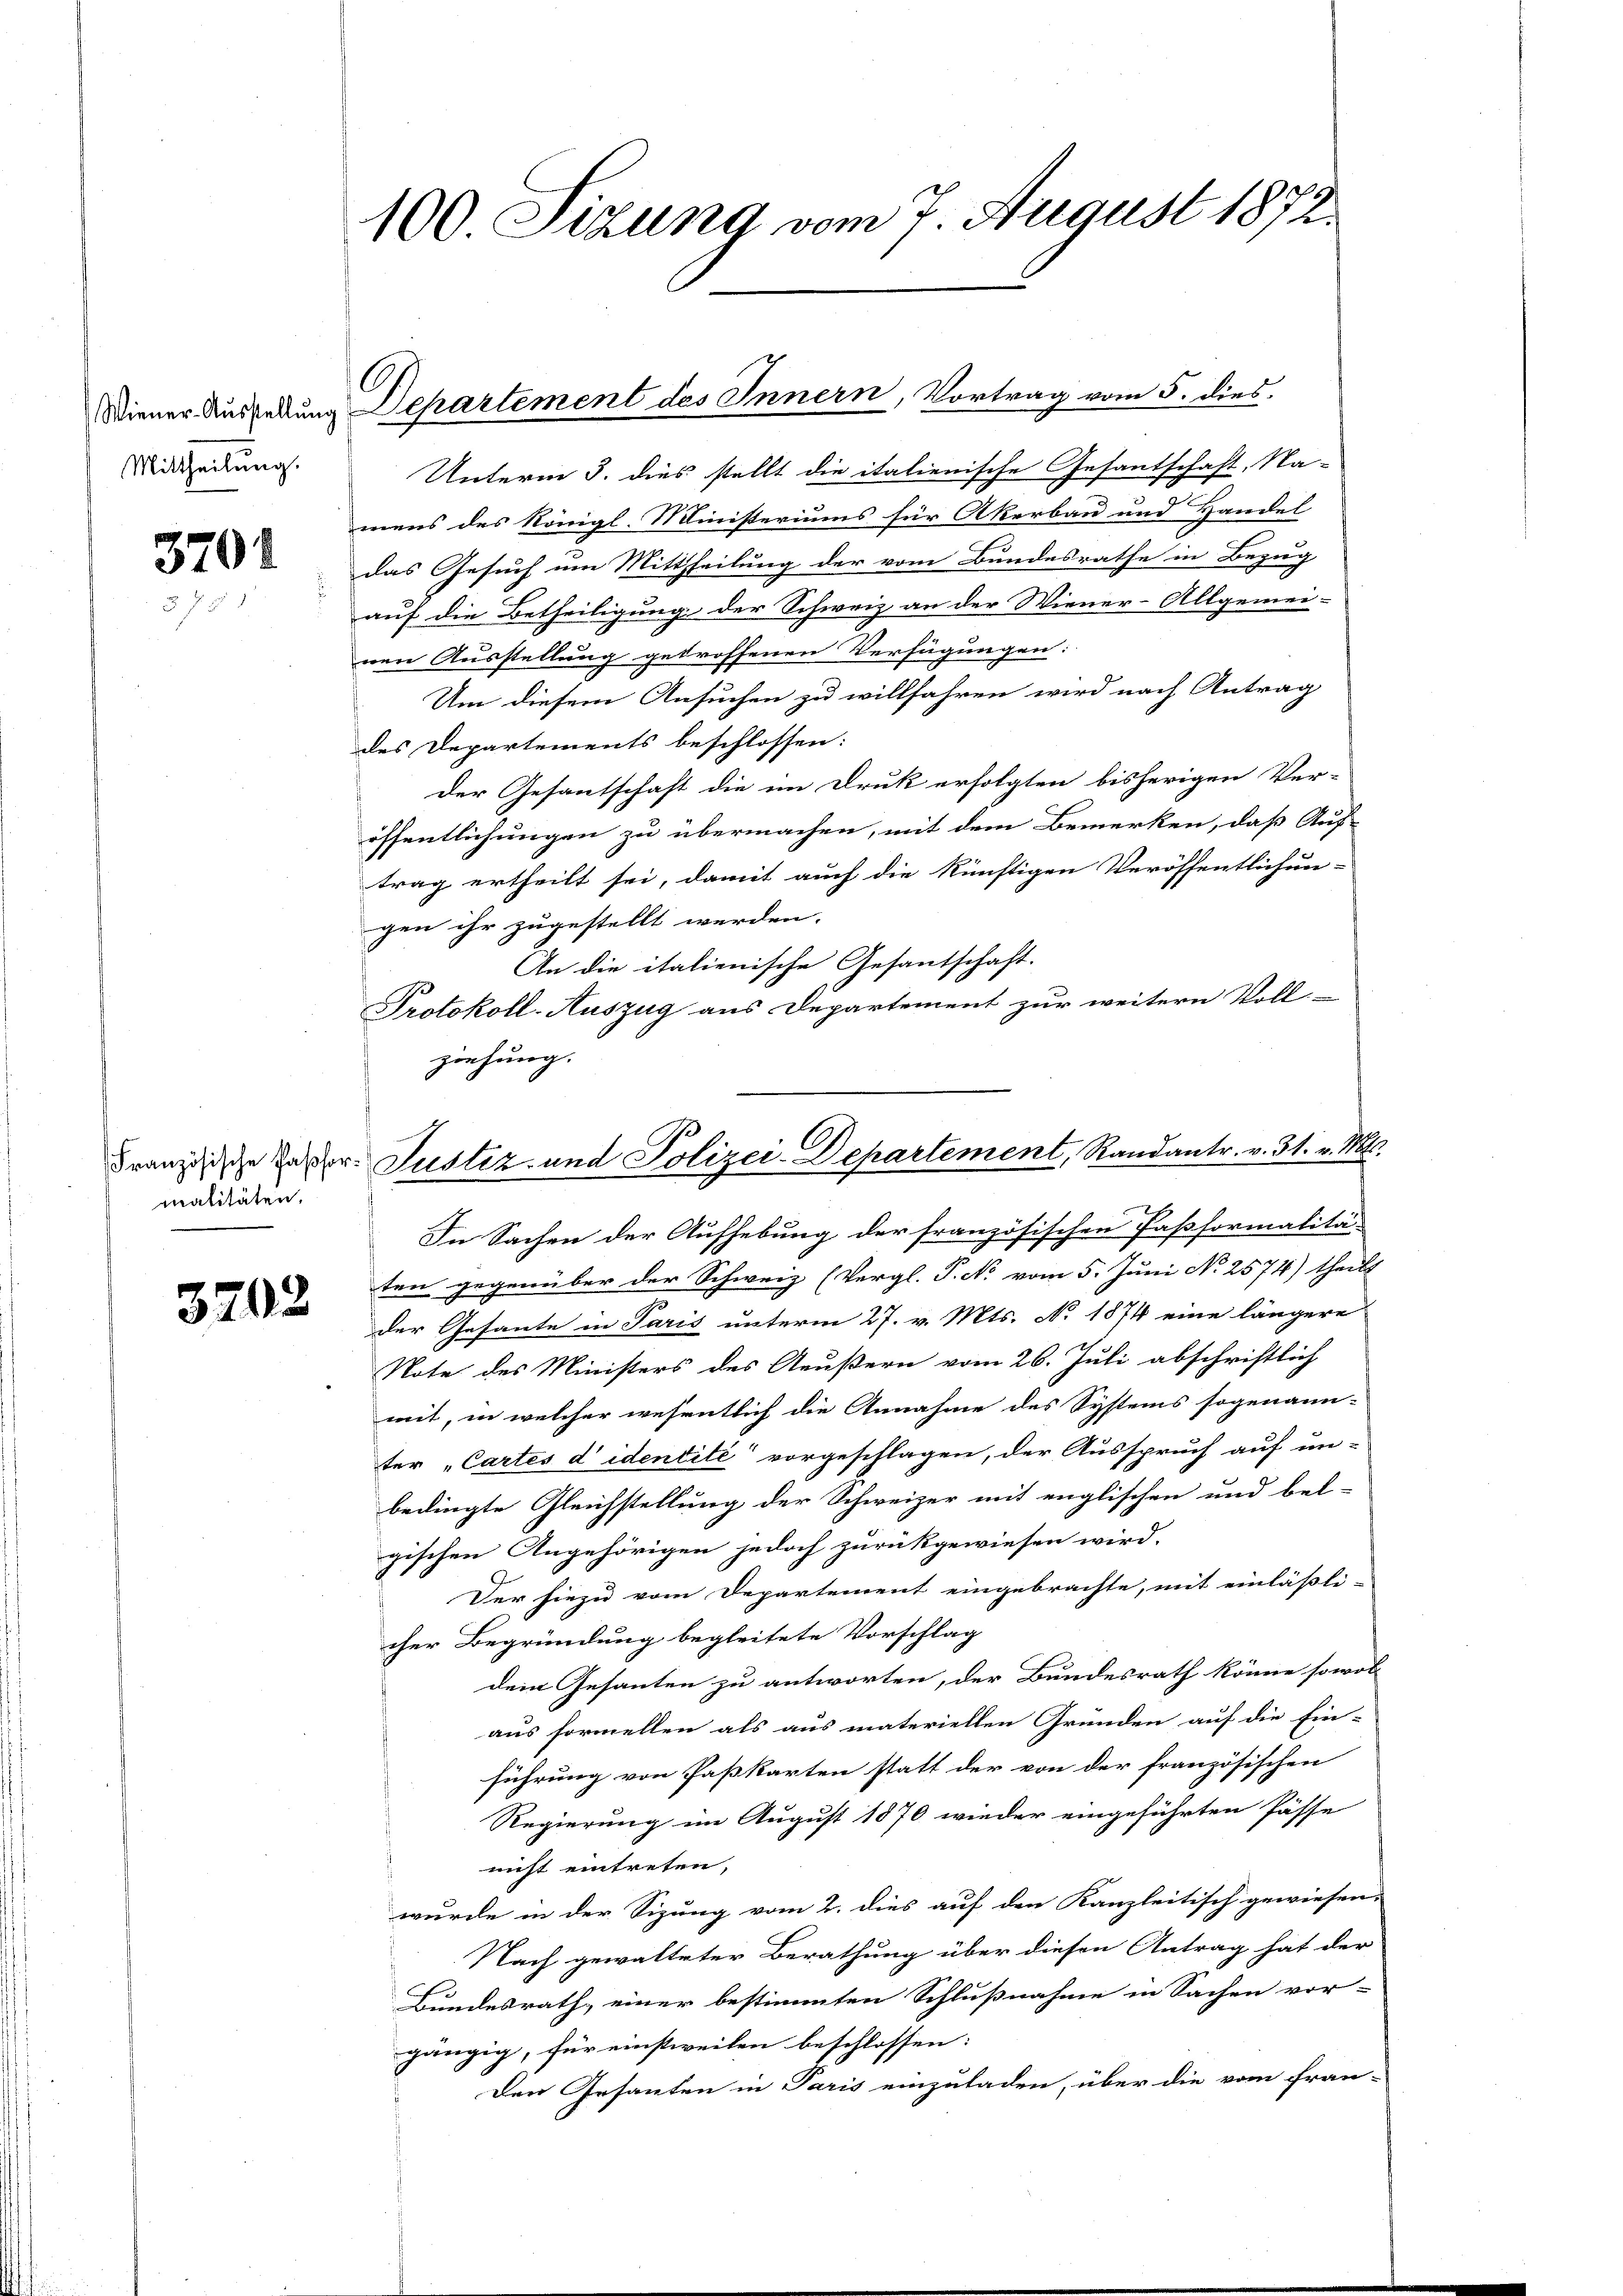
Mittheilung.

3701

malitäten.

3702

100 Sizung vom 7. August 1872.

Wiener Aussedung Departement des Innern, Vortrag vom 5. dies

Unterm 3. dies stellt die italienische Gesantschaft, Namens des Königl. Ministeriums für Akerbau und Handel
das Gesuch um Mittheilung der vom Bundesrathe in Bezug
auf die Betheiligung der Schweiz an der Wiener-Allgemei-
nen Ausstellung getroffenen Verfügungen:
Um diesem Ansuchen zu willfahren wird nach Antrag
des Departements beschlossen:
Der Gesantschaft die im Druk erfolgten bisherigen Ver-
öffentlichungen zu übermachen, mit dem Bemerken, daß Auf-
trag ertheilt sei, damit auch die künftigen Veröffentlichun-
gen ihr zugestellt werden.
An die italienische Gesantschaft.
Protokoll-Auszug aus Departement zur weitern Voll-
ziehung.
In Sachen der Aufhebung der französischen Paßformalitä-
ten gegenüber der Schweiz (Vergl. P. Nr. vom 5. Juni No 2574) theilt
der Gesante in Paris unterm 27. v. Mts. No 1874 eine längere
Note des Ministers des Aeußern vom 26. Juli abschriftlich
mit, in welcher wesentlich die Annahme des Systems sogenann-
ter "Cartes d identité“ vorgeschlagen, der Ausspruch auf un-
bedingte Gleichstellung der Schweizer mit englischen und bel-
gischen Angehörigen jedoch zurückgewiesen wird.
Der hiezu vom Departement eingebrachte, mit einläßli-
cher Begründung begleitete Vorschlag
dein Gesanten zu antworten, der Bundesrath könne sowol
aus formellen als aus materiellen Gründen auf die Ein-
führung von Passkarten statt der von der französischen
Regierung im August 1870 wieder eingeführten Pässe
nicht eintreten,
wurde in der Sizung vom 2. dies auf den Kanzleitisch gewiesen.
Nach gewalteter Berathung über diesen Antrag hat der
Bundesrath, einer bestimmten Schlußnahme in Sachen vor-
gängig, für einstweilen beschlossen:
Den Gesanten in Paris einzuladen, über die vom fran-

Franzische Inter Justiz- und Polizei-Departement, Randantr. v. 31. v. Mts.